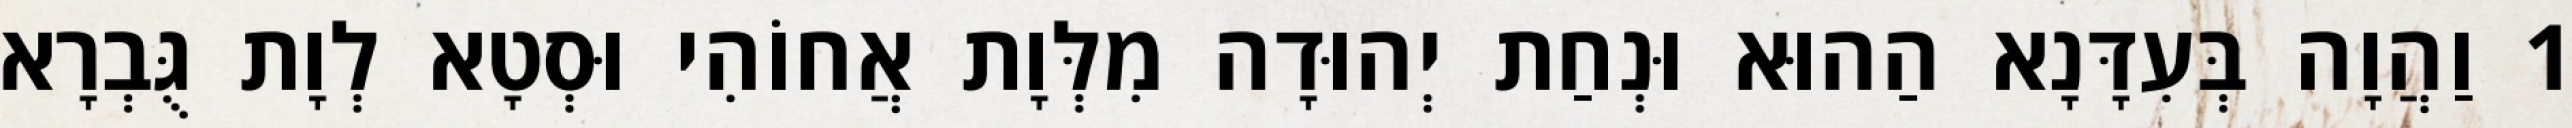
1 וַהֲוָה בְּעִדָּנָא הַהוּא וּנְחַת יְהוּדָה מִלְּוָת אֲחוֹהִי וּסְטָא לְוָת גֻּבְרָא